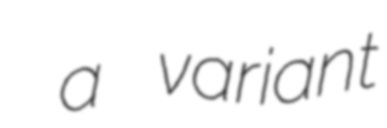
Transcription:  a variant